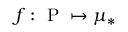
f : \mathrm { ~ P ~ } \mapsto \mu _ { * }